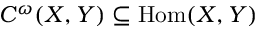
C ^ { \omega } ( X , Y ) \subseteq { \mathrm { H o m } } ( X , Y )